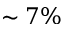
\sim 7 \%